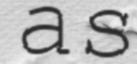
as